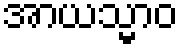
အာယသ္မာဝ